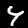
Label: 4